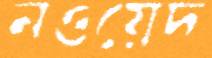
নওয়েদ